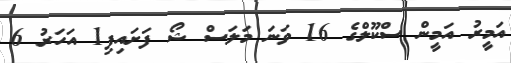
އަމީރު އަމީން ސްކޫލްގެ 16 ވަނަ މަލަސް ޝޯ ފަށައިފި1 އަހަރު 6